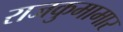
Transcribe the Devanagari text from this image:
राजकुमामार